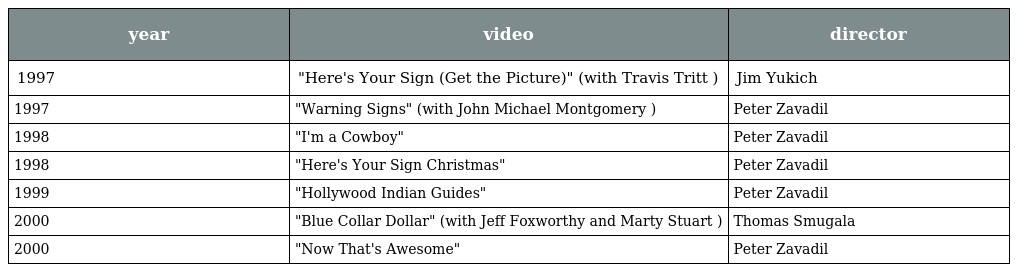
| year | video | director |
 | --- | --- | --- |
 | 1997 | "Here's Your Sign (Get the Picture)" (with Travis Tritt ) | Jim Yukich |
 | 1997 | "Warning Signs" (with John Michael Montgomery ) | Peter Zavadil |
 | 1998 | "I'm a Cowboy" | Peter Zavadil |
 | 1998 | "Here's Your Sign Christmas" | Peter Zavadil |
 | 1999 | "Hollywood Indian Guides" | Peter Zavadil |
 | 2000 | "Blue Collar Dollar" (with Jeff Foxworthy and Marty Stuart ) | Thomas Smugala |
 | 2000 | "Now That's Awesome" | Peter Zavadil |